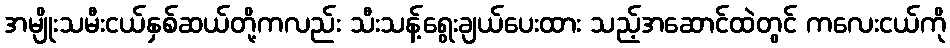
အမျိုးသမီးငယ်နှစ်ဆယ်တို့ကလည်း သီးသန့်ရွေးချယ်ပေးထား သည့်အဆောင်ထဲတွင် ကလေးငယ်ကို